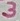
Text: 3